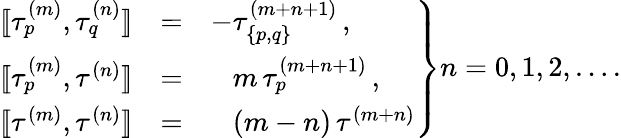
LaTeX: \left.\begin{array}{rcl}{{{[\! [}\tau_{p}^{(m)},\tau_{q}^{(n)}{]\! ]}}}&{{=}}&{{-\tau_{\{ p,q\} }^{(m+n+1)}\, ,}}\\ {{{[\! [}\tau_{p}^{(m)},\tau^{(n)}{]\! ]}}}&{{=}}&{{\phantom{-}m\, \tau_{p}^{(m+n+1)}\, ,}}\\ {{{[\! [}\tau^{(m)},\tau^{(n)}{]\! ]}}}&{{=}}&{{\phantom{-}(m-n)\, \tau^{(m+n)}}}\end{array}\right\} n=0,1,2,\ldots.